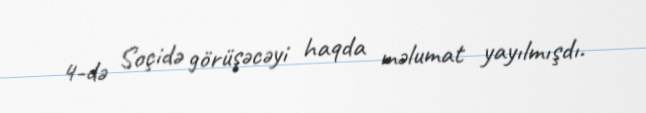
4-də Soçidə görüşəcəyi haqda məlumat yayılmışdı.